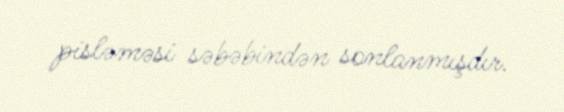
pisləməsi səbəbindən sonlanmışdır.